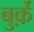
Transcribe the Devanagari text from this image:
बुर्क़े